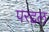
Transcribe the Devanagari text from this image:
परद्दल